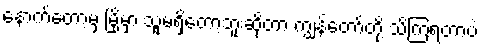
နောက်တော့မှ မြို့မှာ သူမရှိတော့ဘူးဆိုတာ ကျွန်တော်တို့ သိကြရတာပဲ